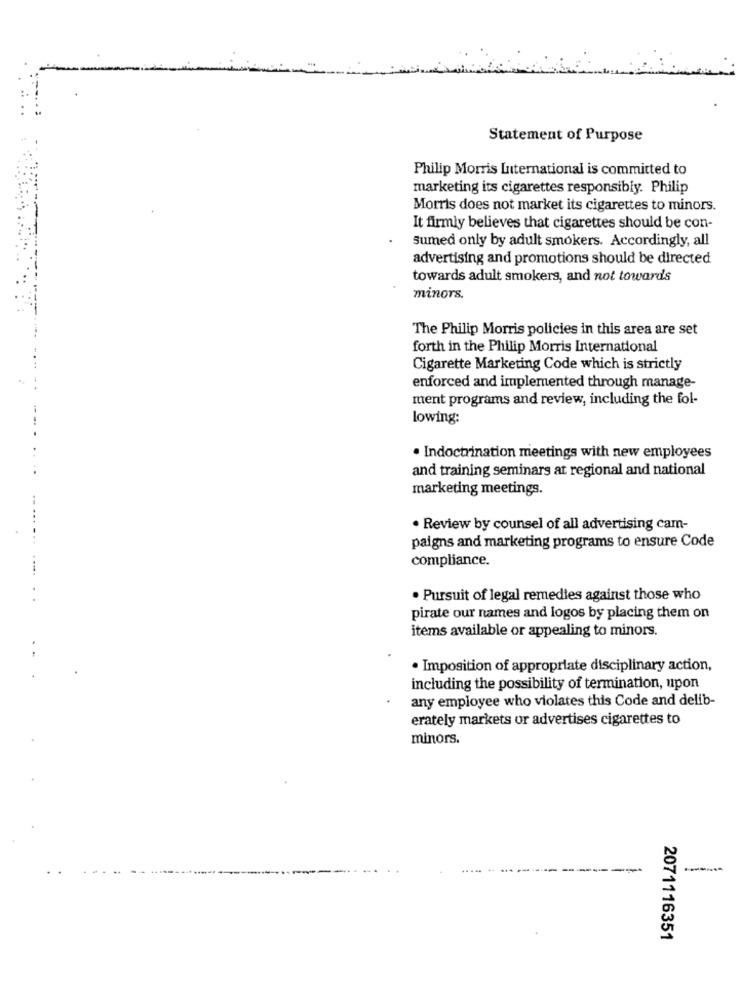
Statement of Purpose
Philip Morris Luiternational is committed to
marketing its cigarettes responsibly. Philip
Morris does not market its cigarettes to minors.
It firmly believes that cigarettes should be con-
Sumed only by adult smokers. Accordingly, all
advertising and promotions should be directed
towards adult smokers, and not towards
minors.
The Philip Morris policies in this area are set
forth in the Philip Morris International
Cigarette Marketing Code which is strictly
enforced and implemented through manage-
ment programs and review, including the fol-
lowing:
· Indoctrination meetings with new employees
and training seminars at regional and national
marketing meetings.
· Review by counsel of all advertising cam-
paigns and marketing programs to ensure Code
compliance.
. Pursuit of legal remedies against those who
pirate our names and logos by placing them on
items available or appealing to minors.
· Imposition of appropriate disciplinary action,
including the possibility of termination, upon
any employee who violates this Code and delib-
erately markets or advertises cigarettes to
minors.
2071116351